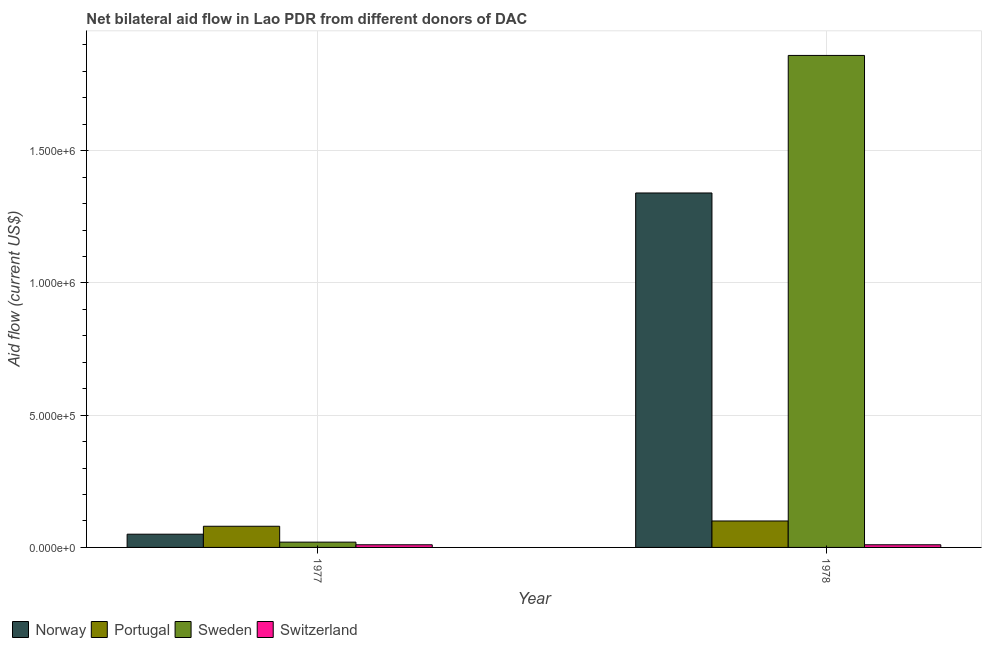
| Year | Norway | Portugal | Sweden | Switzerland |
 | --- | --- | --- | --- | --- |
 | 1977 | 5e+04 | 8e+04 | 2e+04 | 1e+04 |
 | 1978 | 1.34e+06 | 1e+05 | 1.86e+06 | 1e+04 |